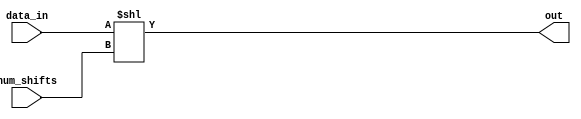
module shl_32_bit(
	input wire [31:0] data_in,
	input wire [31:0] num_shifts,
	output wire [31:0] out
);

	assign out[31:0] = data_in<<num_shifts;

	
endmodule